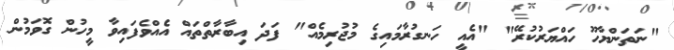
"ނަތަންޔާހޫ ހައްޔަރުކުރޭ" "އެއީ ހަނގުރާމައިގެ މުޖުރިމެއް" ފަދަ އިބާރާތްތައް އެއްވެފައިވާ މީހުން ގޮވަމުން